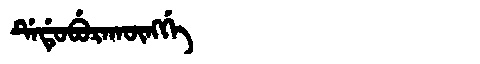
Manchu: ᡩᡝᡩᡠᠪᡠᡵᠠᡴᡡᠩᡤᡝ
Romanization: DEDUBURAKŪNGGE